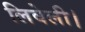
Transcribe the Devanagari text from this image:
लिवेली।